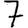
Digit: 7